Vaccine operations Central Provinces 1886-1899 - 1886-1899
Year: 1886
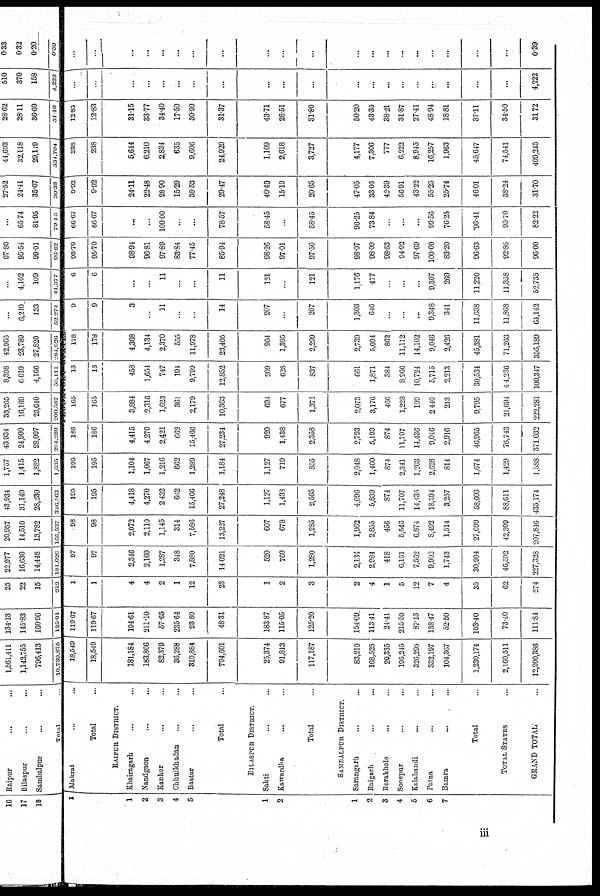
1
1
2
3
4
5
1
2
1
2
3
4
5
6
7
Makrai ... ...
Total ...
RAIPUR DISTRICT.
Khairagarh ... ...
Nandgaon ... ...
Kanker ... ...
Chhuikhadan ... ...
Bastar ... ...
Total ...
BILASPUR DISTRICT.
Sakti ... ...
Kawardha ... ...
Total ...
SAMBALPUR DISTRICT.
Sarangarh ... ...
Raigarh ... ...
Rerakhole ... ...
Sonepur ... ...
Kalahandi ... ...
Patna ... ...
Bamra ... ...
Total ...
TOTAL STATUS ...
GRAND TOTAL ...
18,549
18,549
181,184
183,866
82,379
36,288
310,884
794,601
25,374
91,813
117,187
83,210
168,525
20,335
195,245
326,295
332,197
104,367
1,230,174
2,160,511
12,900,386
119.67
119.67
194.61
211.10
57.65
235.64
23.80
48.31
183.87
115.05
125.20
154.09
113.41
24.41
215.50
87.13
13.847
52.50
103.40
73.40
111.84
1
1
4
4
2
1
12
23
1
2
3
2
4
1
5
12
7
4
35
62
274
97
97
2,346
2,160
1,287
348
7,880
14,021
520
760
1,280
2,134
2,984
418
6,161
7,562
9,902
1,743
30,904
46,302
227,328
98
98
2,072
2,110
1,145
314
7,586
13,227
607
678
1,285
1,962
2,855
456
5,548
6,874
8,492
1,514
27,699
42,309
207,846
195
195
4,418
4,270
2,432
662
15,466
27,248
1,127
1,433
2,565
4,096
5,839
874
11,707
14,436
18,394
3,257
58,603
88,611
435,174
195
195
1,104
1,067
1,216
662
1,289
1,184
1,127
719
855
2,048
1,460
874
2,341
1,203
2,628
814
1,674
1,429
1,588
186
186
4,415
4,270
2,421
662
15,466
27,234
920
1,438
2,358
2,793
5,193
874
11,707
14,436
9,046
2,916
46,965
76,743
371,032
165
165
3,884
2,316
1,623
361
2,179
10,363
694
677
1,371
2,073
3,176
466
1,228
199
2,440
213
9,795
21,694
222,281
13
13
458
1,654
747
194
9,799
12,852
209
628
837
661
1,871
384
8,966
10,724
5,715
2,213
30,534
44,236
100,347
178
178
4,368
4,134
2,370
555
11,978
23,405
904
1,395
2,299
2,739
5,094
862
11,112
14,102
9,046
2,426
45,381
71,263
356,189
9
9
3
...
11
...
...
14
207
...
207
1,303
646
...
...
...
9,348
341
11,638
11,868
64,142
6
6
...
...
11
...
...
11
121
...
121
1,176
477
...
...
...
9,307
260
11,220
11,358
52,735
95.70
95.70
98.94
96.81
97.89
83.84
77.45
85.94
98.26
97.01
97.50
98.07
98.09
98.63
94.92
97.69
100.00
83.20
96.63
92.86
96.00
66.67
66.67
...
...
100.00
...
...
78.57
58.45
...
58.45
90.25
73.84
...
...
...
99.56
76.25
96.41
95.70
82.22
9.92
9.92
24.11
22.48
28.90
15.29
38.53
29.47
40.40
15.19
20.65
47.05
33.06
42.39
56.91
43.22
55.25
25.74
46.01
38.24
31.70
238
238
5,644
6,210
2,834
635
9,606
24,929
1,109
2,618
3,727
4,177
7,306
777
6,222
8,945
16,257
1,963
45,647
74,541
409,245
12.83
12.83
31.15
33.77
34.40
17.50
30.90
31.37
43.71
28.51
31.80
50.20
43.35
38.21
31.87
27.41
48.94
18.81
37.11
34.50
31.72
...
...
...
...
...
...
...
...
...
...
...
...
...
...
...
...
...
...
...
...
4,222
...
...
...
...
...
...
...
...
...
...
...
...
...
...
...
...
...
...
...
...
0.39
iii